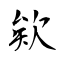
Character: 欸